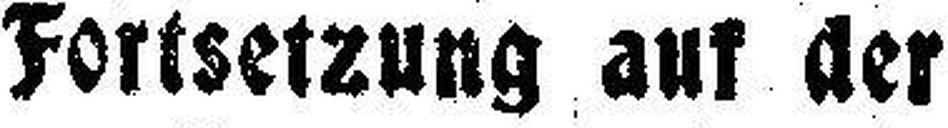
Fortsetzung auf der